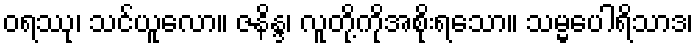
ဝရဿု၊ သင်ယူလော။ ဇနိန္ဒ၊ လူတို့ကိုအစိုးရသော။ သမ္မပေါရိသာဒ၊